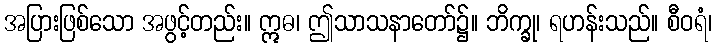
အပြားဖြစ်သော အဖွင့်တည်း။ ဣဓ၊ ဤသာသနာတော်၌။ ဘိက္ခု၊ ရဟန်းသည်။ စီဝရံ၊